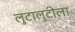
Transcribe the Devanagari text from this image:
लुटालुटीला